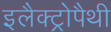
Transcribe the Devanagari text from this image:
इलैक्ट्रोपैथी